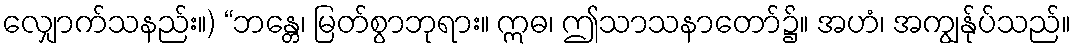
လျှောက်သနည်း။) “ဘန္တေ၊ မြတ်စွာဘုရား။ ဣဓ၊ ဤသာသနာတော်၌။ အဟံ၊ အကျွန်ုပ်သည်။